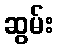
ဆွမ်း